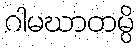
ဂါမဃာတမ္ပိ